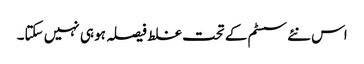
اس نئے سسٹم کے تحت غلط فیصلہ ہو ہی نہیں سکتا۔